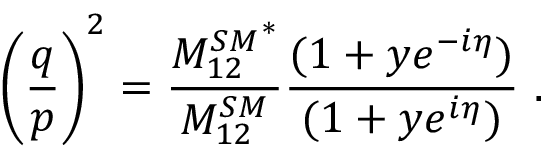
\Bigg ( \frac { q } { p } \Bigg ) ^ { 2 } = \frac { { M _ { 1 2 } ^ { S M } } ^ { * } } { M _ { 1 2 } ^ { S M } } \frac { ( 1 + y e ^ { - i \eta } ) } { ( 1 + y e ^ { i \eta } ) } \ .